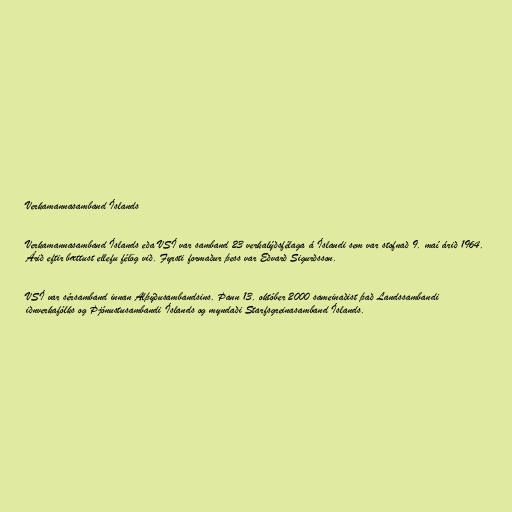
Verkamannasamband Íslands

Verkamannasamband Íslands eða VSÍ var samband 23 verkalýðsfélaga á Íslandi sem var stofnað 9. maí árið 1964.
Árið eftir bættust ellefu félög við. Fyrsti formaður þess var Eðvarð Sigurðsson.

VSÍ var sérsamband innan Alþýðusambandsins. Þann 13. október 2000 sameinaðist það Landssambandi
iðnverkafólks og Þjónustusambandi Íslands og myndaði Starfsgreinasamband Íslands.